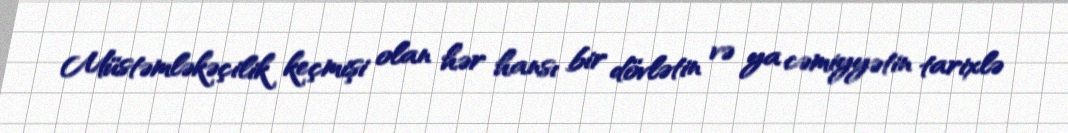
Müstəmləkəçilik keçmişi olan hər hansı bir dövlətin və ya cəmiyyətin tarixlə